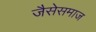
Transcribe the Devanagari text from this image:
जैसेसमाज